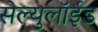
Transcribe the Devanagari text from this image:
सेल्युलॉईड